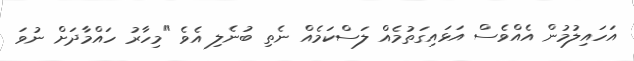
އަހައިލުމުން އެއްވެސް އަޅައިގަތުމެއް ލަސްކަމެއް ނެތި ބުނެލި އެވެ "މިހާރު ހައްމާދަށް ނުވަ